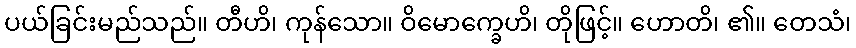
ပယ်ခြင်းမည်သည်။ တီဟိ၊ ကုန်သော။ ဝိမောက္ခေဟိ၊ တိုဖြင့်။ ဟောတိ၊ ၏။ တေသံ၊